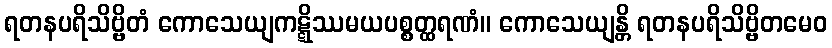
ရတနပရိသိဗ္ဗိတံ ကောသေယျကဋ္ဋိဿမယပစ္စတ္ထရဏံ။ ကောသေယျန္တိ ရတနပရိသိဗ္ဗိတမေဝ